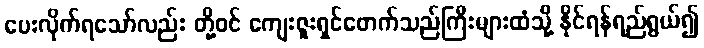
ပေးလိုက်ရသော်လည်း တို့ဝင် ကျေးဇူးရှင်ဖောက်သည်ကြီးများထံသို့ နိုင်ရန်ရည်ရွယ်၍